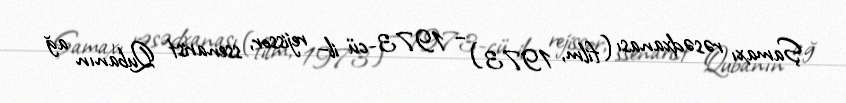
Şamaxı rəsədxanası (film, 1973) – 1973-cü il– rejissor, ssenarist Qubanın ağ